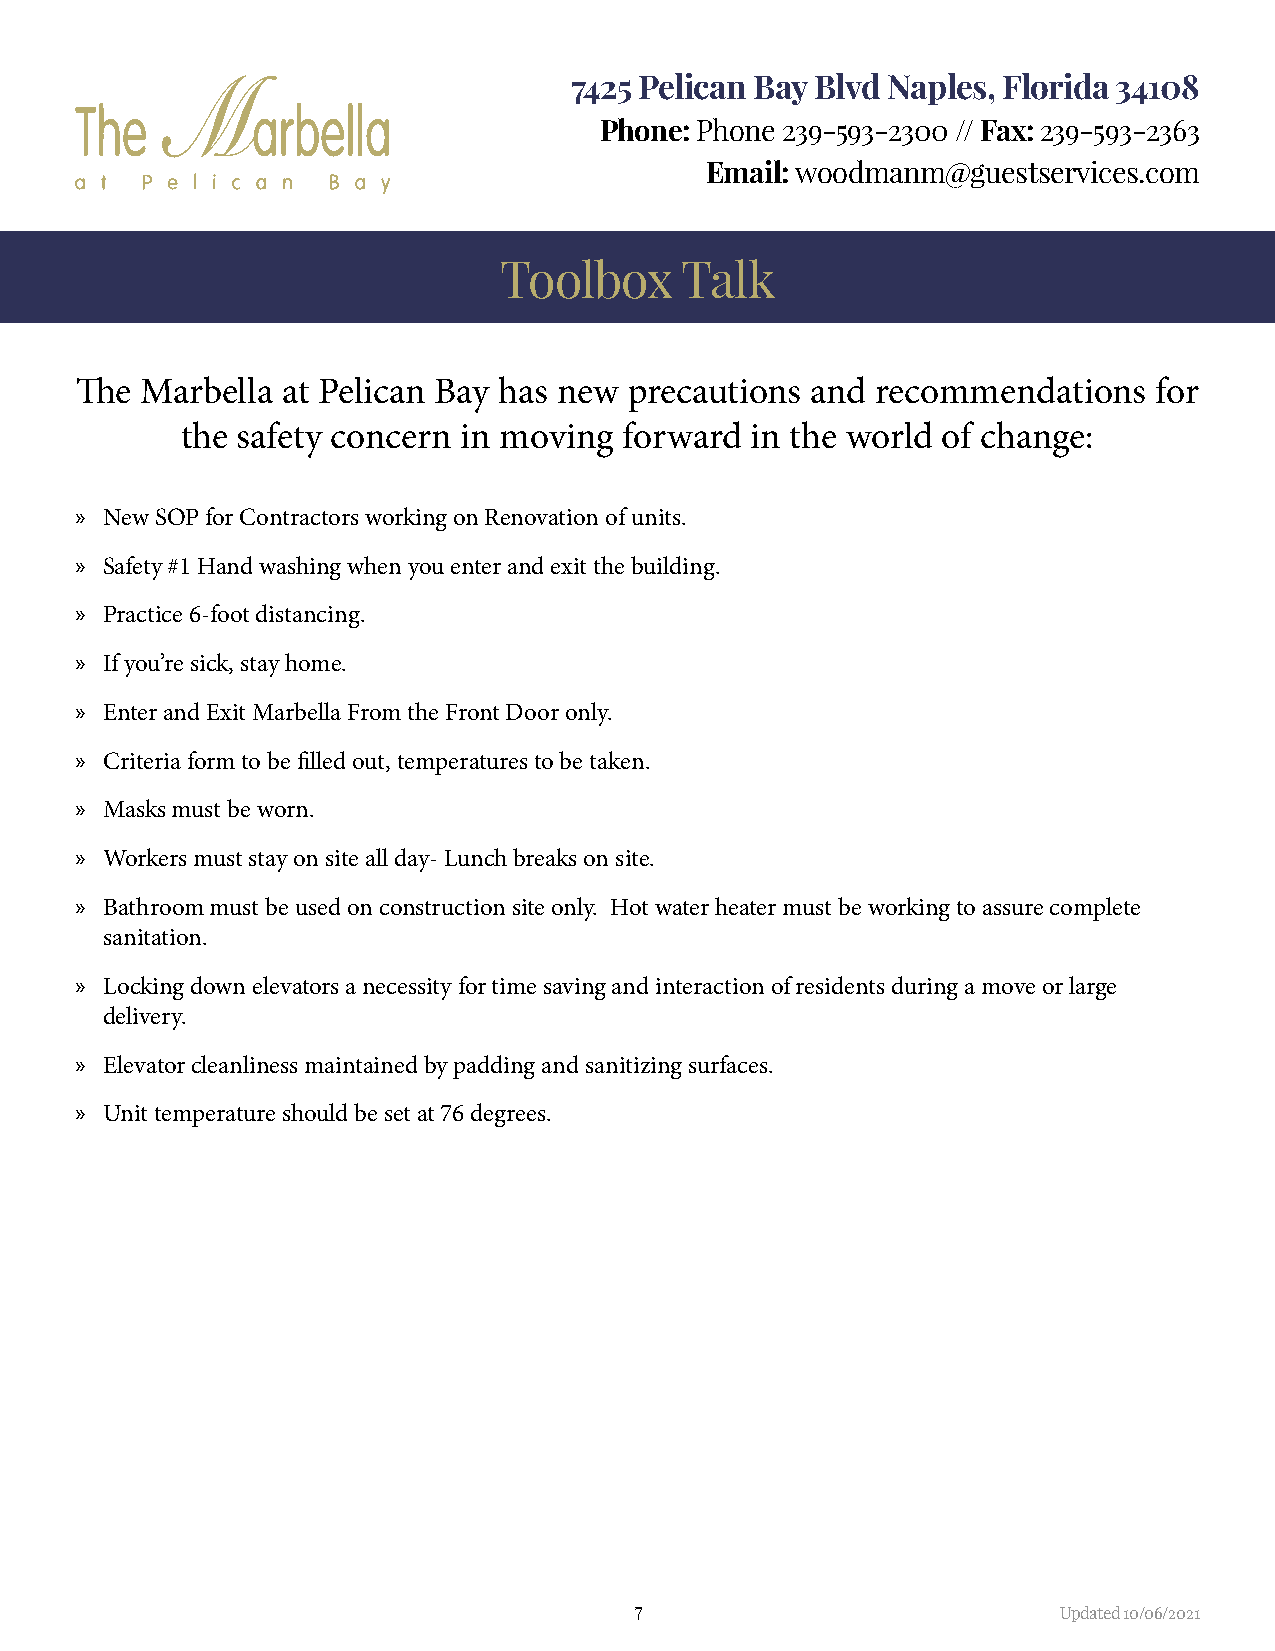
7425 Pelican Bay Blvd Naples, Florida 34108
 Phone: Phone 239-593-2300 // Fax: 239-593-2363
 Email: woodmanm@guestservices.com
 Toolbox     Talk
 The Marbella  at Pelican Bay has new precautions and recommendations    for
 the safety concern in moving forward  in the world of change:
 » New SOP for Contractors working on Renovation of units.
 » Safety #1 Hand washing when you enter and exit the building.
 » Practice 6-foot distancing.
 » If you’re sick, stay home.
 » Enter and Exit Marbella From the Front Door only.
 » Criteria form to be filled out, temperatures to be taken.
 » Masks must be worn.
 » Workers must stay on site all day- Lunch breaks on site.
 » Bathroom must be used on construction site only. Hot water heater must be working to assure complete
 sanitation.
 » Locking down elevators a necessity for time saving and interaction of residents during a move or large
 delivery.
 » Elevator cleanliness maintained by padding and sanitizing surfaces.
 » Unit temperature should be set at 76 degrees.
 7                           Updated 10/06/2021